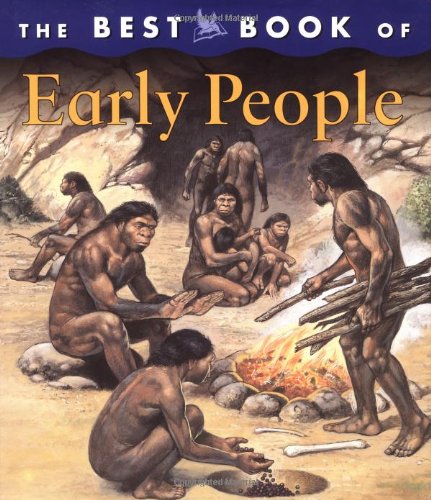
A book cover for The Best Book of Early People; Margaret Hynes; Children's Books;